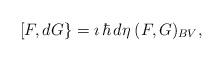
LaTeX: \begin{align*}[F,dG\}= \imath\,\hbar\,d\eta\:(F,G)_{BV},\end{align*}